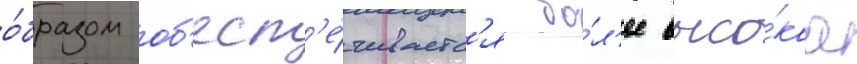
о́бразом об'есп'е́чиваетс'я бо́л'ее высо́каа